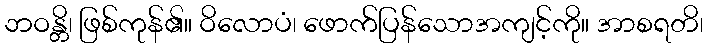
ဘဝန္တိ၊ ဖြစ်ကုန်၏။ ဝိလောပံ၊ ဖောက်ပြန်သောအကျင့်ကို။ အာစရတိ၊